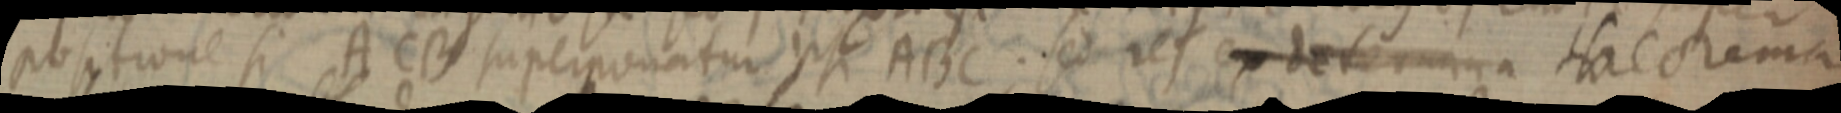
positione si ACB superponatur ipsi ABC. sed et ex determina tacorama